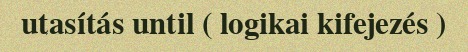
utasítás until ( logikai kifejezés )